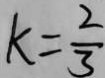
k = \frac { 2 } { 3 }